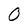
Character: O